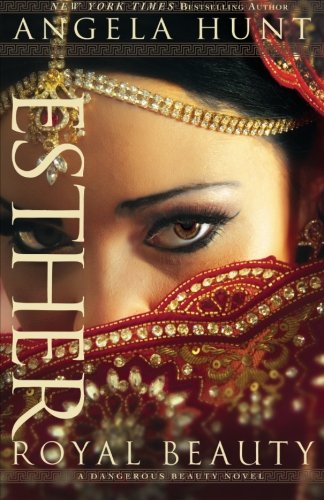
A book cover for Esther: Royal Beauty (A Dangerous Beauty Novel); Angela Hunt; Romance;